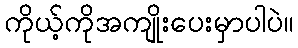
ကိုယ့်ကိုအကျိုးပေးမှာပါပဲ။